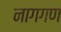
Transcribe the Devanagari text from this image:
नागगण